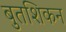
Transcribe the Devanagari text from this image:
बुतशिकन